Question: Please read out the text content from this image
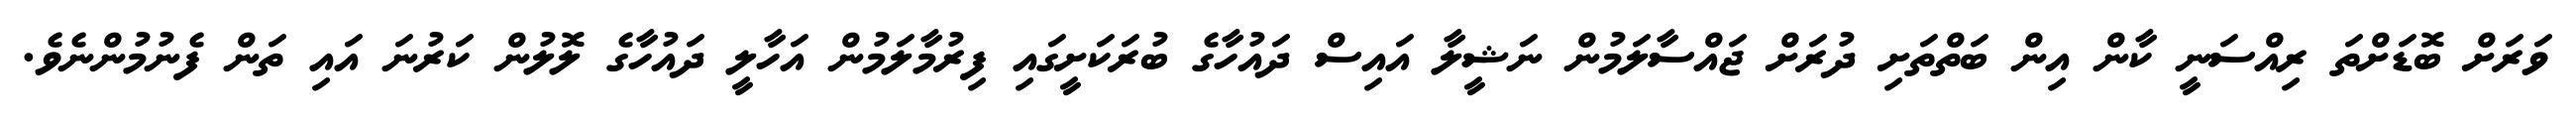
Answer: ވަރަށް ބޮޑަށްތަ ރިއްސަނީ ކާން އިން ބަތްތަށި ދުރަށް ޖައްސާލަމުން ނަޝީލާ އައިސް ދައުހާގެ ބުރަކަށީގައި ފިރުމާލަމުން އަހާލީ ދައުހާގެ ލޮލުން ކަރުނަ އައި ތަން ފެނުމުންނެވެ.